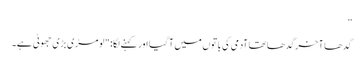
”
گدھا آخر گدھا تھا آدمی کی باتوں میں آ گیا اور کہنے لگا: "لومڑی بڑی جھوٹی ہے۔